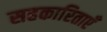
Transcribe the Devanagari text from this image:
सहकारिताएँ